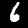
Digit: 6